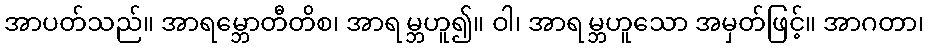
အာပတ်သည်။ အာရမ္ဘောတီတိစ၊ အာရမ္ဘဟူ၍။ ဝါ၊ အာရမ္ဘဟူသော အမှတ်ဖြင့်။ အာဂတာ၊